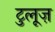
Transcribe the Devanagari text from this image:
टुलूज़